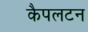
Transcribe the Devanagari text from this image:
कैपलटन